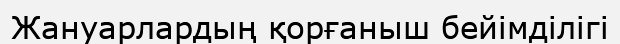
Жануарлардың қорғаныш бейімділігі